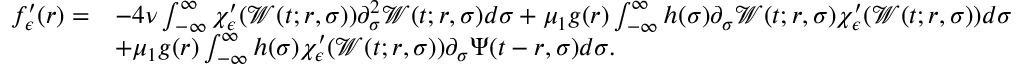
\begin{array} { r l } { f _ { \epsilon } ^ { \prime } ( r ) = } & { - 4 \nu \int _ { - \infty } ^ { \infty } \chi _ { \epsilon } ^ { \prime } ( \mathcal { W } ( t ; r , \sigma ) ) \partial _ { \sigma } ^ { 2 } \mathcal { W } ( t ; r , \sigma ) d \sigma + \mu _ { 1 } g ( r ) \int _ { - \infty } ^ { \infty } h ( \sigma ) \partial _ { \sigma } \mathcal { W } ( t ; r , \sigma ) \chi _ { \epsilon } ^ { \prime } ( \mathcal { W } ( t ; r , \sigma ) ) d \sigma } \\ & { + \mu _ { 1 } g ( r ) \int _ { - \infty } ^ { \infty } h ( \sigma ) \chi _ { \epsilon } ^ { \prime } ( \mathcal { W } ( t ; r , \sigma ) ) \partial _ { \sigma } \Psi ( t - r , \sigma ) d \sigma . } \end{array}